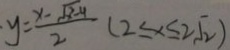
y = \frac { x - \sqrt { x ^ { 2 } - 4 } } { 2 } ( 2 \leq x \leq 2 \sqrt { 2 } )